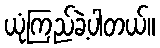
ယုံကြည်ခဲ့ပါတယ်။